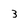
Character: 3